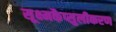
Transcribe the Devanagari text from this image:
सूक्ष्मकैप्सुलीकरण